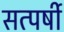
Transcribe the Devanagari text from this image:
सत्पर्षी